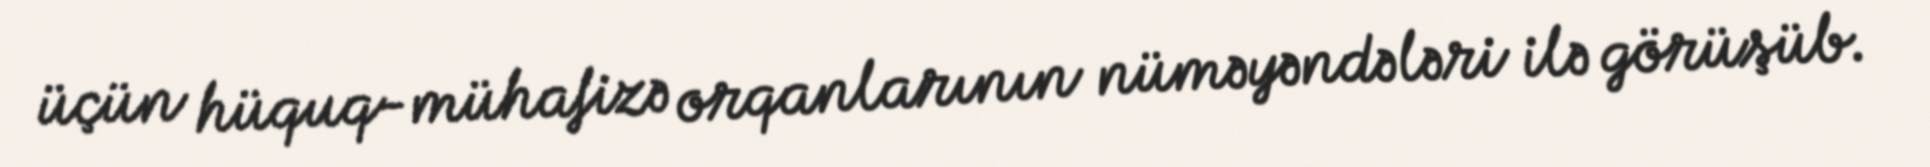
üçün hüquq-mühafizə orqanlarının nüməyəndələri ilə görüşüb.